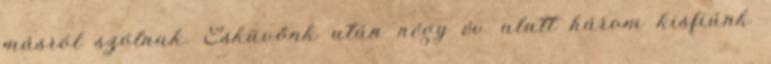
másról szólnak. Esküvőnk után négy év alatt három kisfiúnk